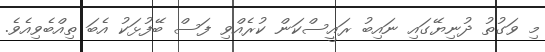
މި ވަގުތު ދުނިޔޭގައި ނައިބު ރައީސްކަން ކުރެއްވި ފަސް ބޭފުޅަކު އެބަ ތިއްބެވިއެވެ.